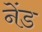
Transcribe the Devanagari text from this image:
नेंड